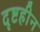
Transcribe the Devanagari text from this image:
दृष्टहीन